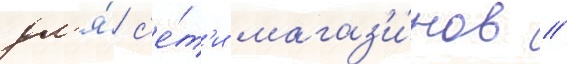
дл'я́ с'е́т'и магаз'и́нов //